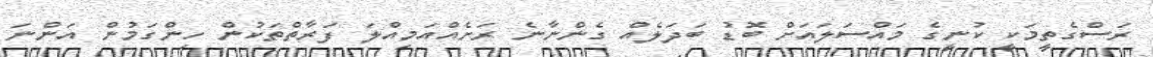
ރަސްގެތީމަކީ ކުނީގެ މައްސަލައަށް ބޮޑު ބަދަލެއް ގެންނާނެ ރަށެއްއަމިއްލަ ފަރާތްތަކުން ހިންގަމުން އަންނަ